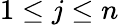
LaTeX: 1\leq j\leq n